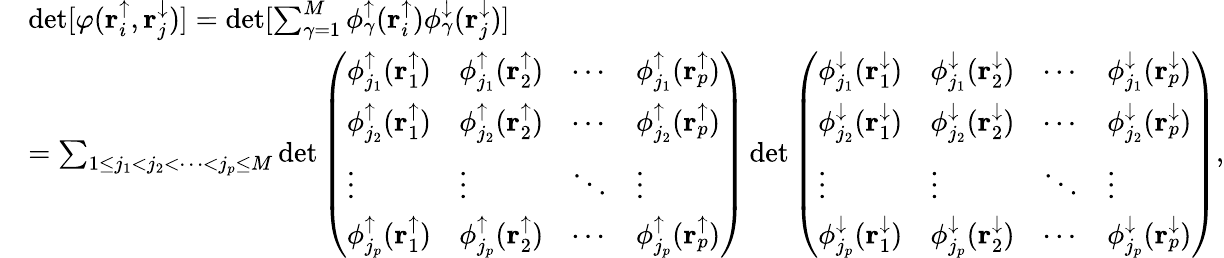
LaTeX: \begin{array}{rl}&{\operatorname*{det}[\varphi(\mathbf{r}_{i}^{\uparrow},\mathbf{r}_{j}^{\downarrow})]=\operatorname*{det}[\sum_{\gamma=1}^{M}\phi_{\gamma}^{\uparrow}(\mathbf{r}_{i}^{\uparrow})\phi_{\gamma}^{\downarrow}(\mathbf{r}_{j}^{\downarrow})]}\\ &{=\sum_{1\le j_{1}<j_{2}<\cdots<j_{p}\le M}\operatorname*{det}\left(\begin{array}{llll}{\phi_{j_{1}}^{\uparrow}(\mathbf{r}_{1}^{\uparrow})}&{\phi_{j_{1}}^{\uparrow}(\mathbf{r}_{2}^{\uparrow})}&{\cdots}&{\phi_{j_{1}}^{\uparrow}(\mathbf{r}_{p}^{\uparrow})}\\ {\phi_{j_{2}}^{\uparrow}(\mathbf{r}_{1}^{\uparrow})}&{\phi_{j_{2}}^{\uparrow}(\mathbf{r}_{2}^{\uparrow})}&{\cdots}&{\phi_{j_{2}}^{\uparrow}(\mathbf{r}_{p}^{\uparrow})}\\ {\vdots}&{\vdots}&{\ddots}&{\vdots}\\ {\phi_{j_{p}}^{\uparrow}(\mathbf{r}_{1}^{\uparrow})}&{\phi_{j_{p}}^{\uparrow}(\mathbf{r}_{2}^{\uparrow})}&{\cdots}&{\phi_{j_{p}}^{\uparrow}(\mathbf{r}_{p}^{\uparrow})}\end{array}\right)\operatorname*{det}\left(\begin{array}{llll}{\phi_{j_{1}}^{\downarrow}(\mathbf{r}_{1}^{\downarrow})}&{\phi_{j_{1}}^{\downarrow}(\mathbf{r}_{2}^{\downarrow})}&{\cdots}&{\phi_{j_{1}}^{\downarrow}(\mathbf{r}_{p}^{\downarrow})}\\ {\phi_{j_{2}}^{\downarrow}(\mathbf{r}_{1}^{\downarrow})}&{\phi_{j_{2}}^{\downarrow}(\mathbf{r}_{2}^{\downarrow})}&{\cdots}&{\phi_{j_{2}}^{\downarrow}(\mathbf{r}_{p}^{\downarrow})}\\ {\vdots}&{\vdots}&{\ddots}&{\vdots}\\ {\phi_{j_{p}}^{\downarrow}(\mathbf{r}_{1}^{\downarrow})}&{\phi_{j_{p}}^{\downarrow}(\mathbf{r}_{2}^{\downarrow})}&{\cdots}&{\phi_{j_{p}}^{\downarrow}(\mathbf{r}_{p}^{\downarrow})}\end{array}\right),}\end{array}